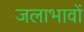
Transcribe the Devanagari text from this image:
जलाभावों